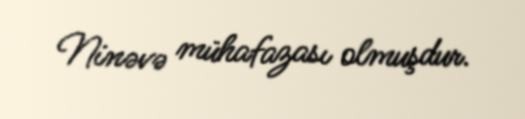
Ninəvə mühafazası olmuşdur.